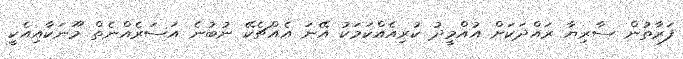
ފަރާތުން ސާރިޔާ ރައްދަކަށް އުއްމީދު ކުރިއެއްކަމަކު އޭނަ އެއްޗެކޭ ނުބުނެ އަސަރެއްނެތް މޫނަކާއިއެކީ